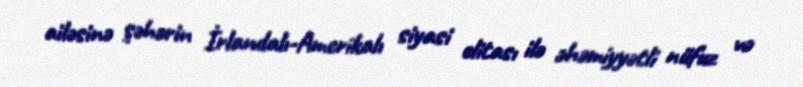
ailəsinə şəhərin İrlandalı-Amerikalı siyasi elitası ilə əhəmiyyətli nüfuz və